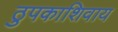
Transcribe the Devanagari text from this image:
ठुपकाशिवाय